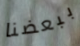
ببعضنا